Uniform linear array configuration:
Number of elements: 48
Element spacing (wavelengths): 0.25
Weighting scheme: exponential
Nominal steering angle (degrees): -45
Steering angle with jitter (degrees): -46.083
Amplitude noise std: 0.05
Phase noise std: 0.05

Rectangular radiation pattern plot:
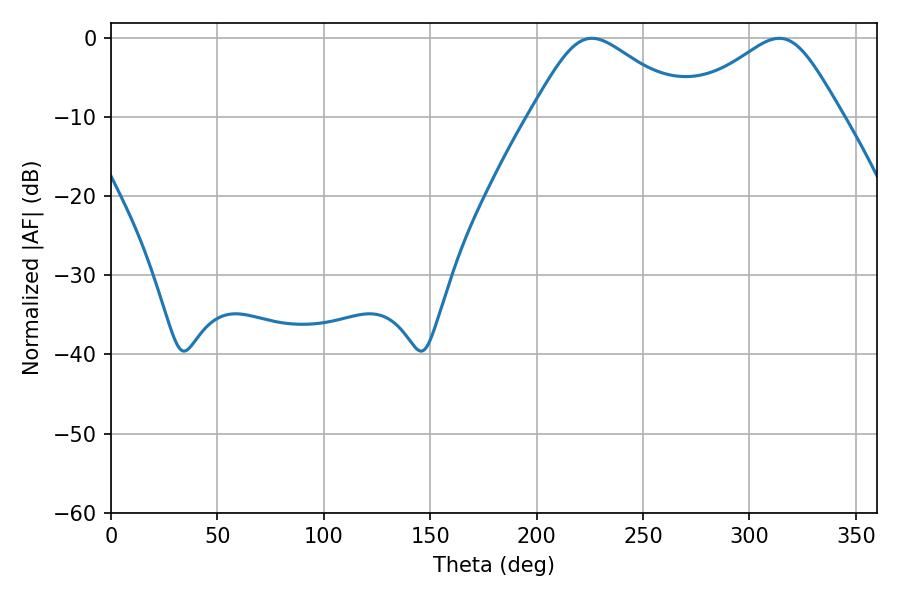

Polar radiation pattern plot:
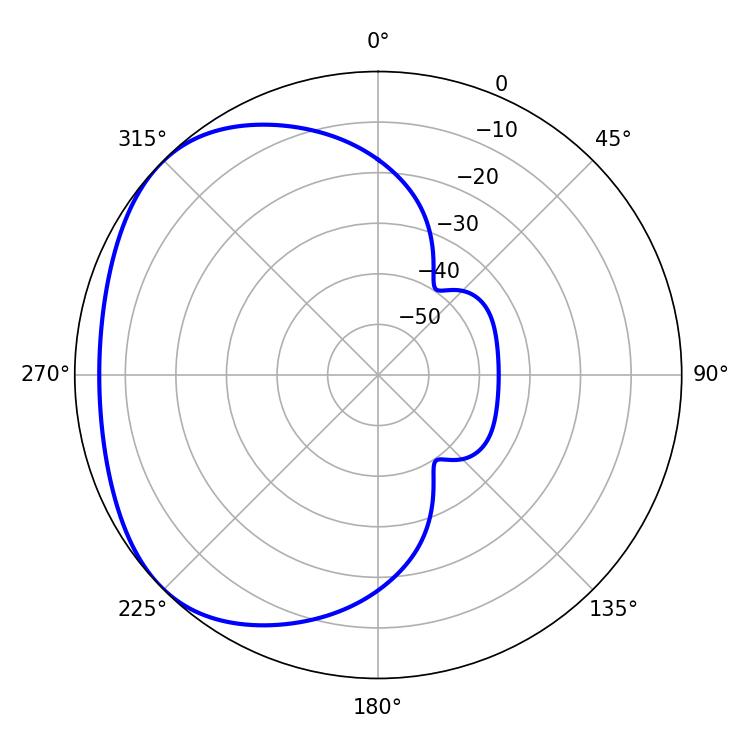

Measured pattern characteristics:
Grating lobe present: FALSE
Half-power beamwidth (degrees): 36.9
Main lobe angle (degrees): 225.9